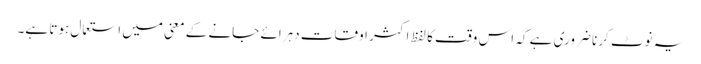
یہ نوٹ کرنا ضروری ہے کہ اس وقت کا لفظ اکثر اوقات دہرائے جانے کے معنی میں استعمال ہوتا ہے۔